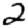
Digit: 2